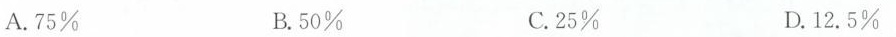
A.75% B.50% C.25% D.12.5%